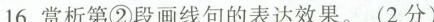
16.赏析第②段画线句的表达效果。(2分)